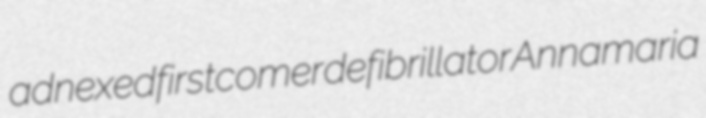
adnexed firstcomer defibrillator Annamaria